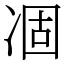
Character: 凅